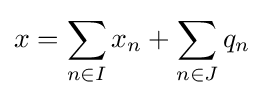
x=\sum _{n\in I}x_{n}+\sum _{n\in J}q_{n}